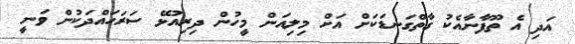
އަދި އެ ތޫފާނާއެކު ގާތްގަނޑަކަށް އަށް މިލިއަން މީހުން ދިރިއުޅޭ ސަރަހައްދަކުން ވަނީ